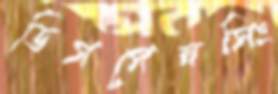
ডিসপেনসিং